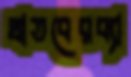
থাতবেরব্যা